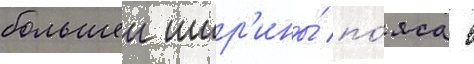
большеи шир'ины́ по́яса в